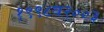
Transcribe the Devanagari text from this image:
१९९८व२००३